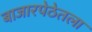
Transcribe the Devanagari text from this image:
बाजारपेठेतला